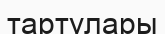
тартулары